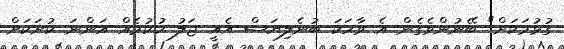
ގުޅުމަކަށް" ބޭނުންވެގެން އެ ވާހަކަ ބުނެލިޔަސް އެއީ ޖަލު ހުކުމެއް އަންނަ ކުށަކަށް